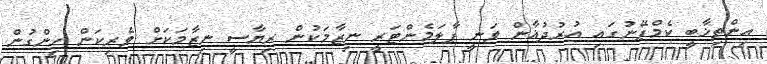
އިންތިޚާބީ ކެމްޕޭނުގައި އުރުދުޣާން ވަނީ ޕާލަމެންޓަރީ ނިޒާމަކުން ރިޔާސީ ނިޒާމަކަށް ވެރިކަން ހިންގުން